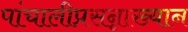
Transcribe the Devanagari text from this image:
पांचालीप्रसन्नाख्यान